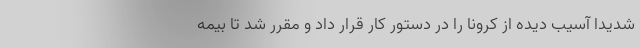
شدیدا آسیب دیده از کرونا را در دستور کار قرار داد و مقرر شد تا بیمه